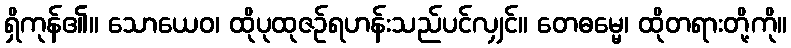
ရှိကုန်၏။ သောယေဝ၊ ထိုပုထုဇဉ်ရဟန်းသည်ပင်လျှင်။ တေဓမ္မေ၊ ထိုတရားတို့ကို။